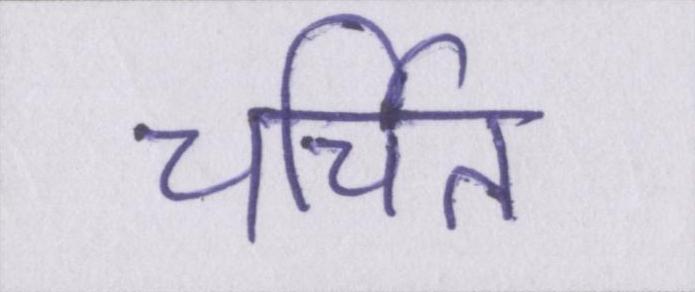
चर्चित